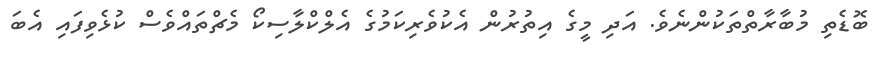
ބޮޑެތި މުބާރާތްތަކުންނެވެ. އަދި މީގެ އިތުރުން އެކުވެރިކަމުގެ އެލްކްލާސިކޯ މެޗްތައްވެސް ކުޅެވިފައި އެބަ